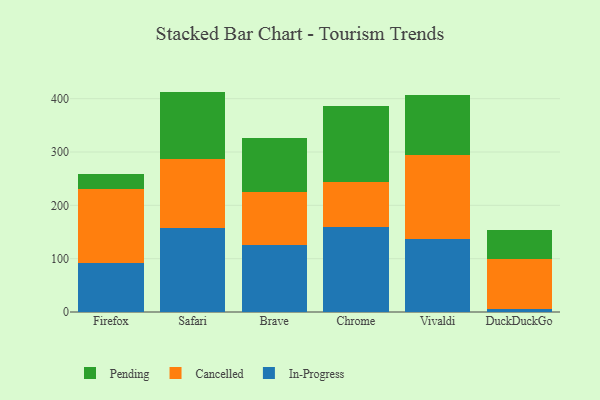
{"axis": {"x": "Browser", "y": "Latency (ms)"}, "legend": ["Cancelled", "In-Progress", "Pending"], "data": [{"x": "Firefox", "y": 92.8, "type": "In-Progress"}, {"x": "Firefox", "y": 138.5, "type": "Cancelled"}, {"x": "Firefox", "y": 28.4, "type": "Pending"}, {"x": "Safari", "y": 158.1, "type": "In-Progress"}, {"x": "Safari", "y": 128.4, "type": "Cancelled"}, {"x": "Safari", "y": 126.8, "type": "Pending"}, {"x": "Brave", "y": 126.3, "type": "In-Progress"}, {"x": "Brave", "y": 98.8, "type": "Cancelled"}, {"x": "Brave", "y": 102.0, "type": "Pending"}, {"x": "Chrome", "y": 158.5, "type": "In-Progress"}, {"x": "Chrome", "y": 86.0, "type": "Cancelled"}, {"x": "Chrome", "y": 141.6, "type": "Pending"}, {"x": "Vivaldi", "y": 136.8, "type": "In-Progress"}, {"x": "Vivaldi", "y": 157.0, "type": "Cancelled"}, {"x": "Vivaldi", "y": 112.3, "type": "Pending"}, {"x": "DuckDuckGo", "y": 5.0, "type": "In-Progress"}, {"x": "DuckDuckGo", "y": 94.4, "type": "Cancelled"}, {"x": "DuckDuckGo", "y": 55.2, "type": "Pending"}]}